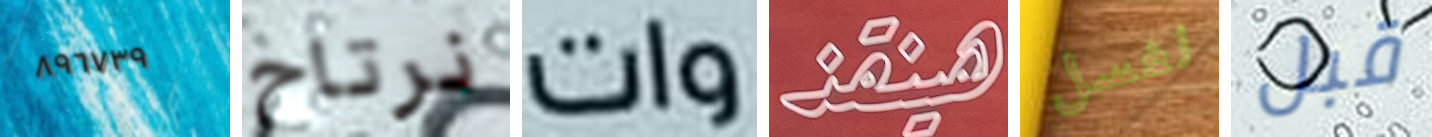
٨٩٦٧٣٩ نرتاح وات هينقذ لغسل قبل